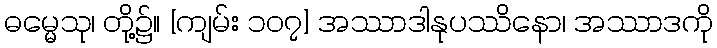
ဓမ္မေသု၊ တို့၌။ [ကျမ်း ၁၀၇] အဿာဒါနုပဿိနော၊ အဿာဒကို